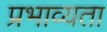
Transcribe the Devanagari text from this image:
प्रभाव्यता